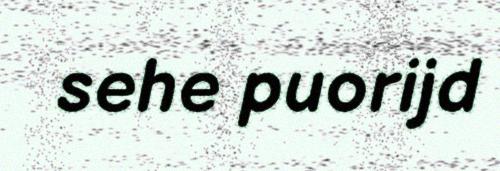
sehe puorijd